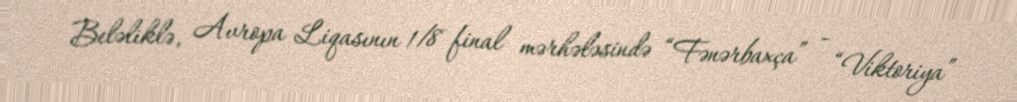
Beləliklə, Avropa Liqasının 1/8 final mərhələsində “Fənərbaxça” - “Viktoriya”